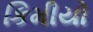
કિમીયો